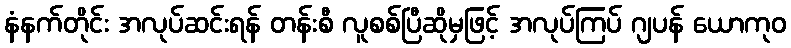
နံနက်တိုင်း အလုပ်ဆင်းရန် တန်းစီ လူစစ်ပြီဆိုမှဖြင့် အလုပ်ကြပ် ဂျပန် ယောကုဝ